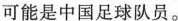
可能是中国足球队员。